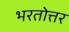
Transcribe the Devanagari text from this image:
भरतोत्तर